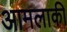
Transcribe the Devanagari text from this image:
आमलाकी